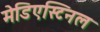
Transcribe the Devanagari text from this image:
मेडिएस्टिनल